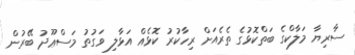
ސާރިޔާ މަލާކްގެ ބަތްކޮޅުގެ ތެރެއަށް ރިހާކުރު ކޮޅެއް އަޅާލި ވަގުތު މަސްޢޫދު ބޭރުން